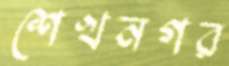
শেখনগর